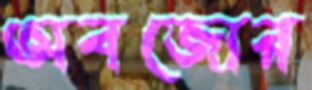
অবজোর